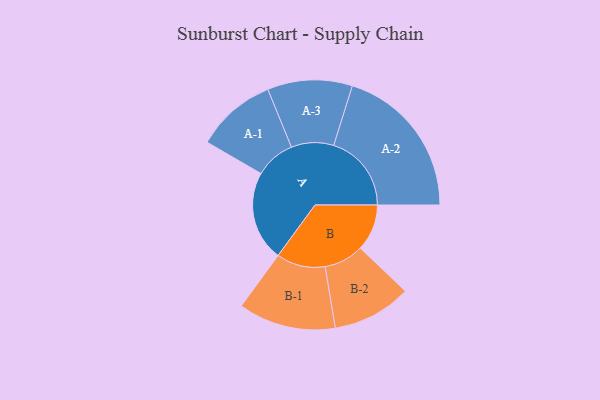
{"axis": {"x": "Segment", "y": "Value"}, "legend": ["", "A", "B"], "data": [{"x": "A", "y": 295, "type": ""}, {"x": "B", "y": 153, "type": ""}, {"x": "A-1", "y": 132, "type": "A"}, {"x": "A-2", "y": 255, "type": "A"}, {"x": "A-3", "y": 139, "type": "A"}, {"x": "B-1", "y": 160, "type": "B"}, {"x": "B-2", "y": 130, "type": "B"}]}